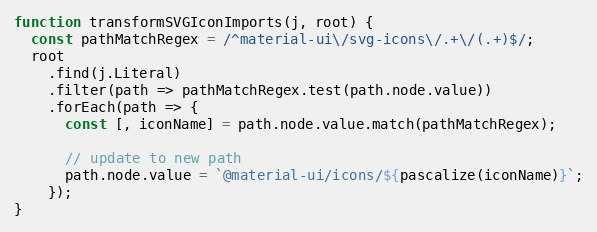
Language: JavaScript
function transformSVGIconImports(j, root) {
  const pathMatchRegex = /^material-ui\/svg-icons\/.+\/(.+)$/;
  root
    .find(j.Literal)
    .filter(path => pathMatchRegex.test(path.node.value))
    .forEach(path => {
      const [, iconName] = path.node.value.match(pathMatchRegex);

      // update to new path
      path.node.value = `@material-ui/icons/${pascalize(iconName)}`;
    });
}